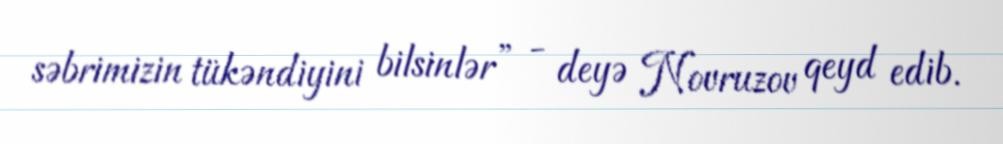
səbrimizin tükəndiyini bilsinlər” - deyə Novruzov qeyd edib.